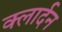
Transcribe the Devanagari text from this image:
क्लार्दन